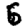
Digit: 6